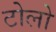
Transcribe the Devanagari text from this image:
टोलो